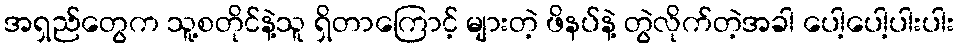
အရှည်တွေက သူ့စတိုင်နဲ့သူ ရှိတာကြောင့် များတဲ့ ဖိနပ်နဲ့ တွဲလိုက်တဲ့အခါ ပေါ့ပေါ့ပါးပါး